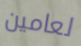
لعامين